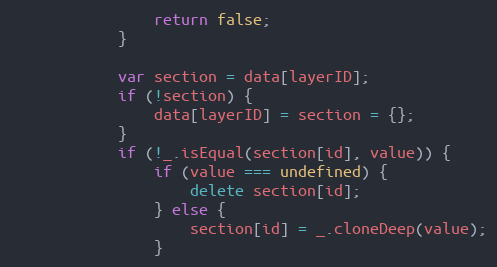
Language: JavaScript
                return false;
            }

            var section = data[layerID];
            if (!section) {
                data[layerID] = section = {};
            }
            if (!_.isEqual(section[id], value)) {
                if (value === undefined) {
                    delete section[id];
                } else {
                    section[id] = _.cloneDeep(value);
                }